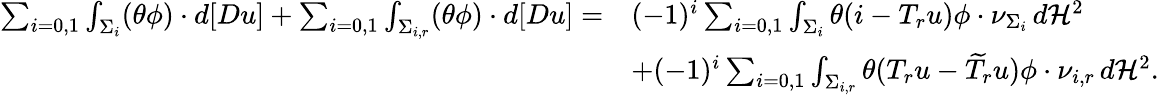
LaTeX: \begin{array}{rl}{\sum_{i=0,1}\int_{\Sigma_{i}}(\theta\phi)\cdot d[Du]+\sum_{i=0,1}\int_{\Sigma_{i,r}}(\theta\phi)\cdot d[Du]=}&{(-1)^{i}\sum_{i=0,1}\int_{\Sigma_{i}}\theta(i-T_{r}u)\phi\cdot\nu_{\Sigma_{i}}\, d\mathcal H^{2}}\\ &{+(-1)^{i}\sum_{i=0,1}\int_{\Sigma_{i,r}}\theta(T_{r}u-\widetilde{T}_{r}u)\phi\cdot\nu_{i,r}\, d\mathcal H^{2}.}\end{array}